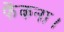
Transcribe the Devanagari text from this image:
फेंकना।